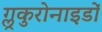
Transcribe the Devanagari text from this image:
ग्लूकुरोनाइडों